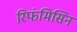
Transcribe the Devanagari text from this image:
रिफंमिसिन